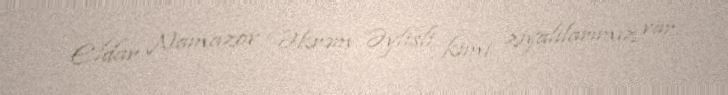
, Eldar Namazov , Əkrəm Əylisli kimi ziyalılarımız var.